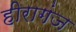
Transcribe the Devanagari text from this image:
हीरागंज